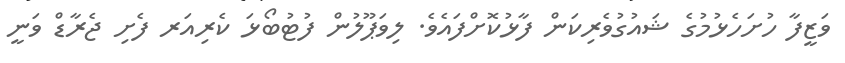
ވަޒީފާ ހުށަހެޅުމުގެ ޝައުގުވެރިކަން ފާޅުކޮށްފައެވެ. ލިވަޕޫލުން ފުޓުބޯޅަ ކެރިއަރ ފެށި ޖެރާޑް ވަނީ